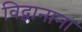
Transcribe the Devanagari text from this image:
विद्वानाना